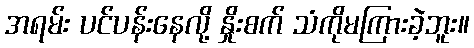
အရမ်း ပင်ပန်းနေလို့ နှိုးစက် သံကိုမကြားခဲ့ဘူး။